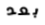
بعد